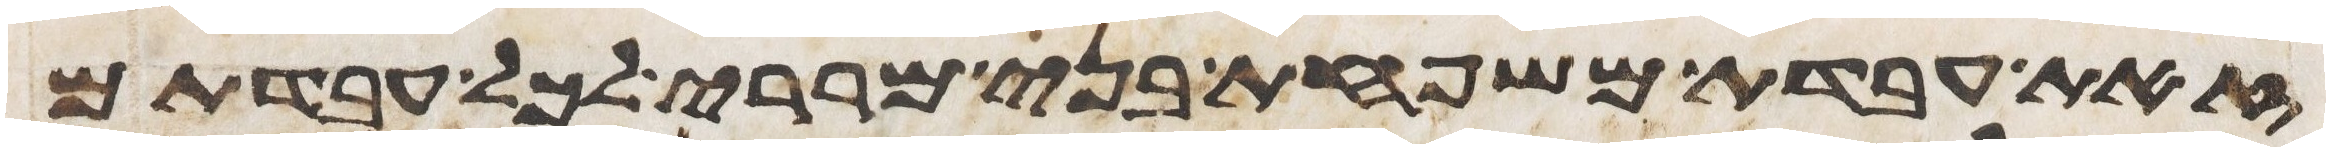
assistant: זאת עבדת משפחת בני מררי לכל עבדתם